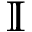
\mathbb { I }